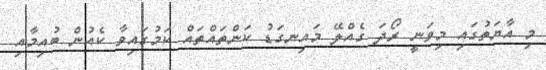
މި އާޔަތުގައި މިވަނީ ރޯދަ ގެއްލޭ މައިނގަޑު ކަންތައްތައް ކަމުގައިވާ ކެއުން ބުއިމާއި